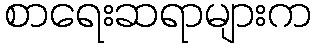
စာရေးဆရာများက